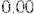
0.00